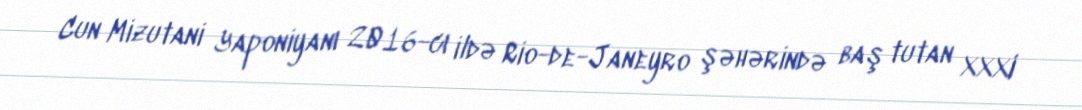
Cun Mizutani Yaponiyanı 2016-cı ildə Rio-de-Janeyro şəhərində baş tutan XXXI